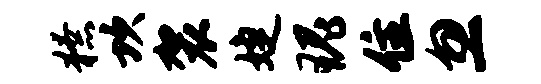
獠坎袈婕瑰住忽